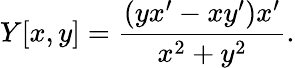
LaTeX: Y[x,y]={\frac{(yx^{\prime}-xy^{\prime})x^{\prime}}{x^{2}+y^{2}}}.